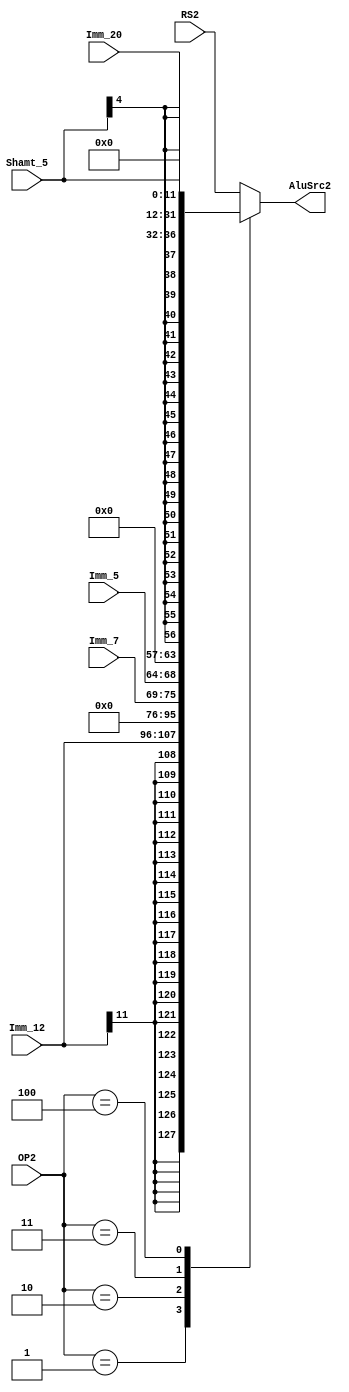
`timescale 1ns / 1ps
//////////////////////////////////////////////////////////////////////////////////
// Company: 
// Engineer: 
// 
// Design Name: 
// Module Name: EXT_ALUSrc2
// Project Name: 
// Target Devices: 
// Tool Versions: 
// Description: 
// 
// Dependencies: 
// 
// Revision:
// Revision 0.01 - File Created
// Additional Comments:
// 
//////////////////////////////////////////////////////////////////////////////////


module ALUSrc2( //&&&&&&
    input [4:0] OP2,
    input [31:0] RS2,
    input [6:0] Imm_7, //aka imm S [31:25]
    input [4:0] Imm_5, //aka imm S [11:7]
    input signed [11:0] Imm_12, //aka imm I, note que en estos integers es que se requiere que tengan signos
    input signed [4:0] Shamt_5, //aka shamtI
    input [19:0] Imm_20 ,//aka imm U
    output reg signed [31:0] AluSrc2   ///NOTE QUE REQUIERE EXTEND SENSIBLE A SIGNOS
    );
    
    wire [31:0] ImmI, ImmS, ShamtI,ImmU;
    reg [19:0] signoImmI;
    reg [19:0] signoshamtI;
    integer i;
    reg signoI;
    reg signoshmtI;
    
    always @(*) begin
        signoI <= Imm_12[11];
        signoshmtI <= Shamt_5[4];
        for (i = 0; i < 20; i = i+1) signoImmI[i] <= signoI; //como estos dos son signed, 
        for (i = 0; i < 20; i = i+1) signoshamtI[i] <= signoshmtI; //hay que extenderlos acordemente
    end
    
    assign ImmI = {signoImmI,Imm_12};
    assign ImmS = {20'b0,Imm_7,Imm_5};
    assign ShamtI = {signoshamtI,Shamt_5};
    assign ImmU = {Imm_20,12'b0};
    
    initial AluSrc2 = 32'b0;
    
    always@(*) begin
        case(OP2)
            0: AluSrc2 <= RS2;//ADD (usa R2)
            1: AluSrc2 <= ImmI; //Extend ImmI
            2: AluSrc2 <= ImmS; //SW ImmS
            3: AluSrc2 <= ShamtI; //SRAI
            4: AluSrc2 <= ImmU;
            default: AluSrc2 <= RS2;
        endcase
    end
    
endmodule